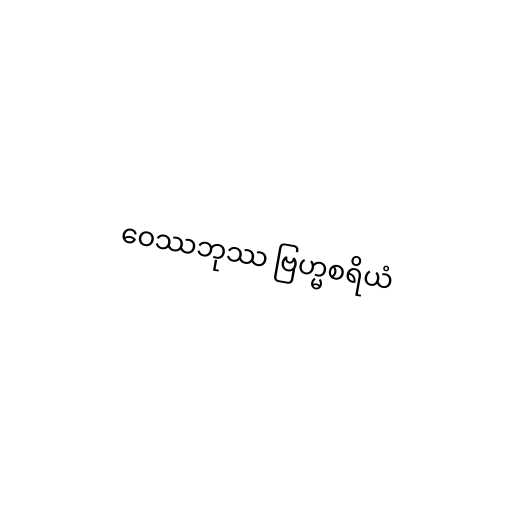
ဝေဿဘုဿ ဗြဟ္မစရိယံ